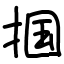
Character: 掴